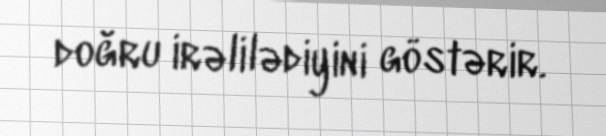
doğru irəlilədiyini göstərir.